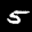
Label: 5